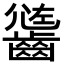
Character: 𪙄